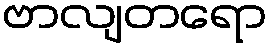
ဗာလျတရော